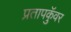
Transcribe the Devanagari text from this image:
प्रतापकुॅवर